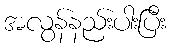
အလွန်နည်းပါးပြီး